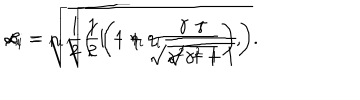
LaTeX: \alpha _ { i } = \sqrt { \frac { 1 } { 2 } \left( 1 - \eta _ { i } \frac { \gamma } { \sqrt { \gamma ^ { 2 } + 1 } } \right) } , \hspace { 0 . 5 c m } \beta _ { i } = \eta _ { i } \sqrt { \frac { 1 } { 2 } \left( 1 + \eta _ { i } \frac { \gamma } { \sqrt { \gamma ^ { 2 } + 1 } } \right) } .